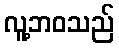
လူ့ဘဝသည်